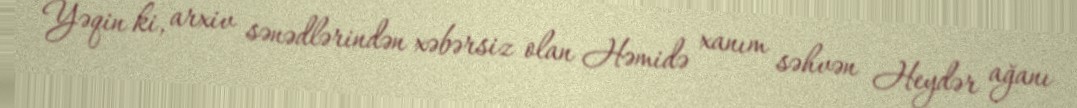
Yəqin ki, arxiv sənədlərindən xəbərsiz olan Həmidə xanım səhvən Heydər ağanı